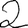
Digit: 2